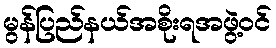
မွန်ပြည်နယ်အစိုးရအဖွဲ့ဝင်